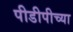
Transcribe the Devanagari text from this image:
पीडीपीच्या